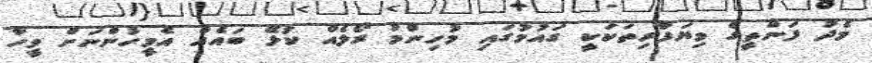
މެދު ފަންތީގެ ވިޔަފާރިތަކަކީ ގައުމުގައި މުހިންމު ރޯލެއް ކުޅޭ ބައެއް އެމީހުންނަށް ވީހާ